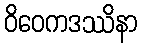
ဝိဝေကဒဿိနာ